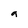
Character: a